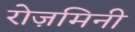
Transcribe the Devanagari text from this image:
रोज़मिनी